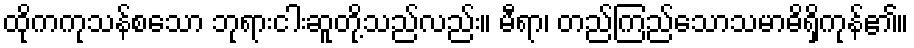
ထိုကကုသန်စသော ဘုရားငါးဆူတို့သည်လည်း။ မီရာ၊ တည်ကြည်သောသမာဓိရှိကုန်၏။